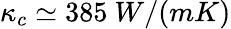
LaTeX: \kappa_{c}\simeq 385\ W/(mK)